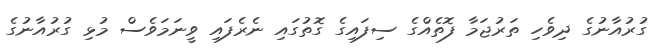
ގުރުއާނުގެ ދިވެހި ތަރުޖަމާ ފޮތެއްގެ ސިފައިގެ ގޮތުގައި ނެރެފައި ވީނަމަވެސް މުޅި ގުރުއާނުގެ